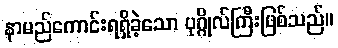
နာမည်ကောင်းရရှိခဲ့သော ပုဂ္ဂိုလ်ကြီးဖြစ်သည်။